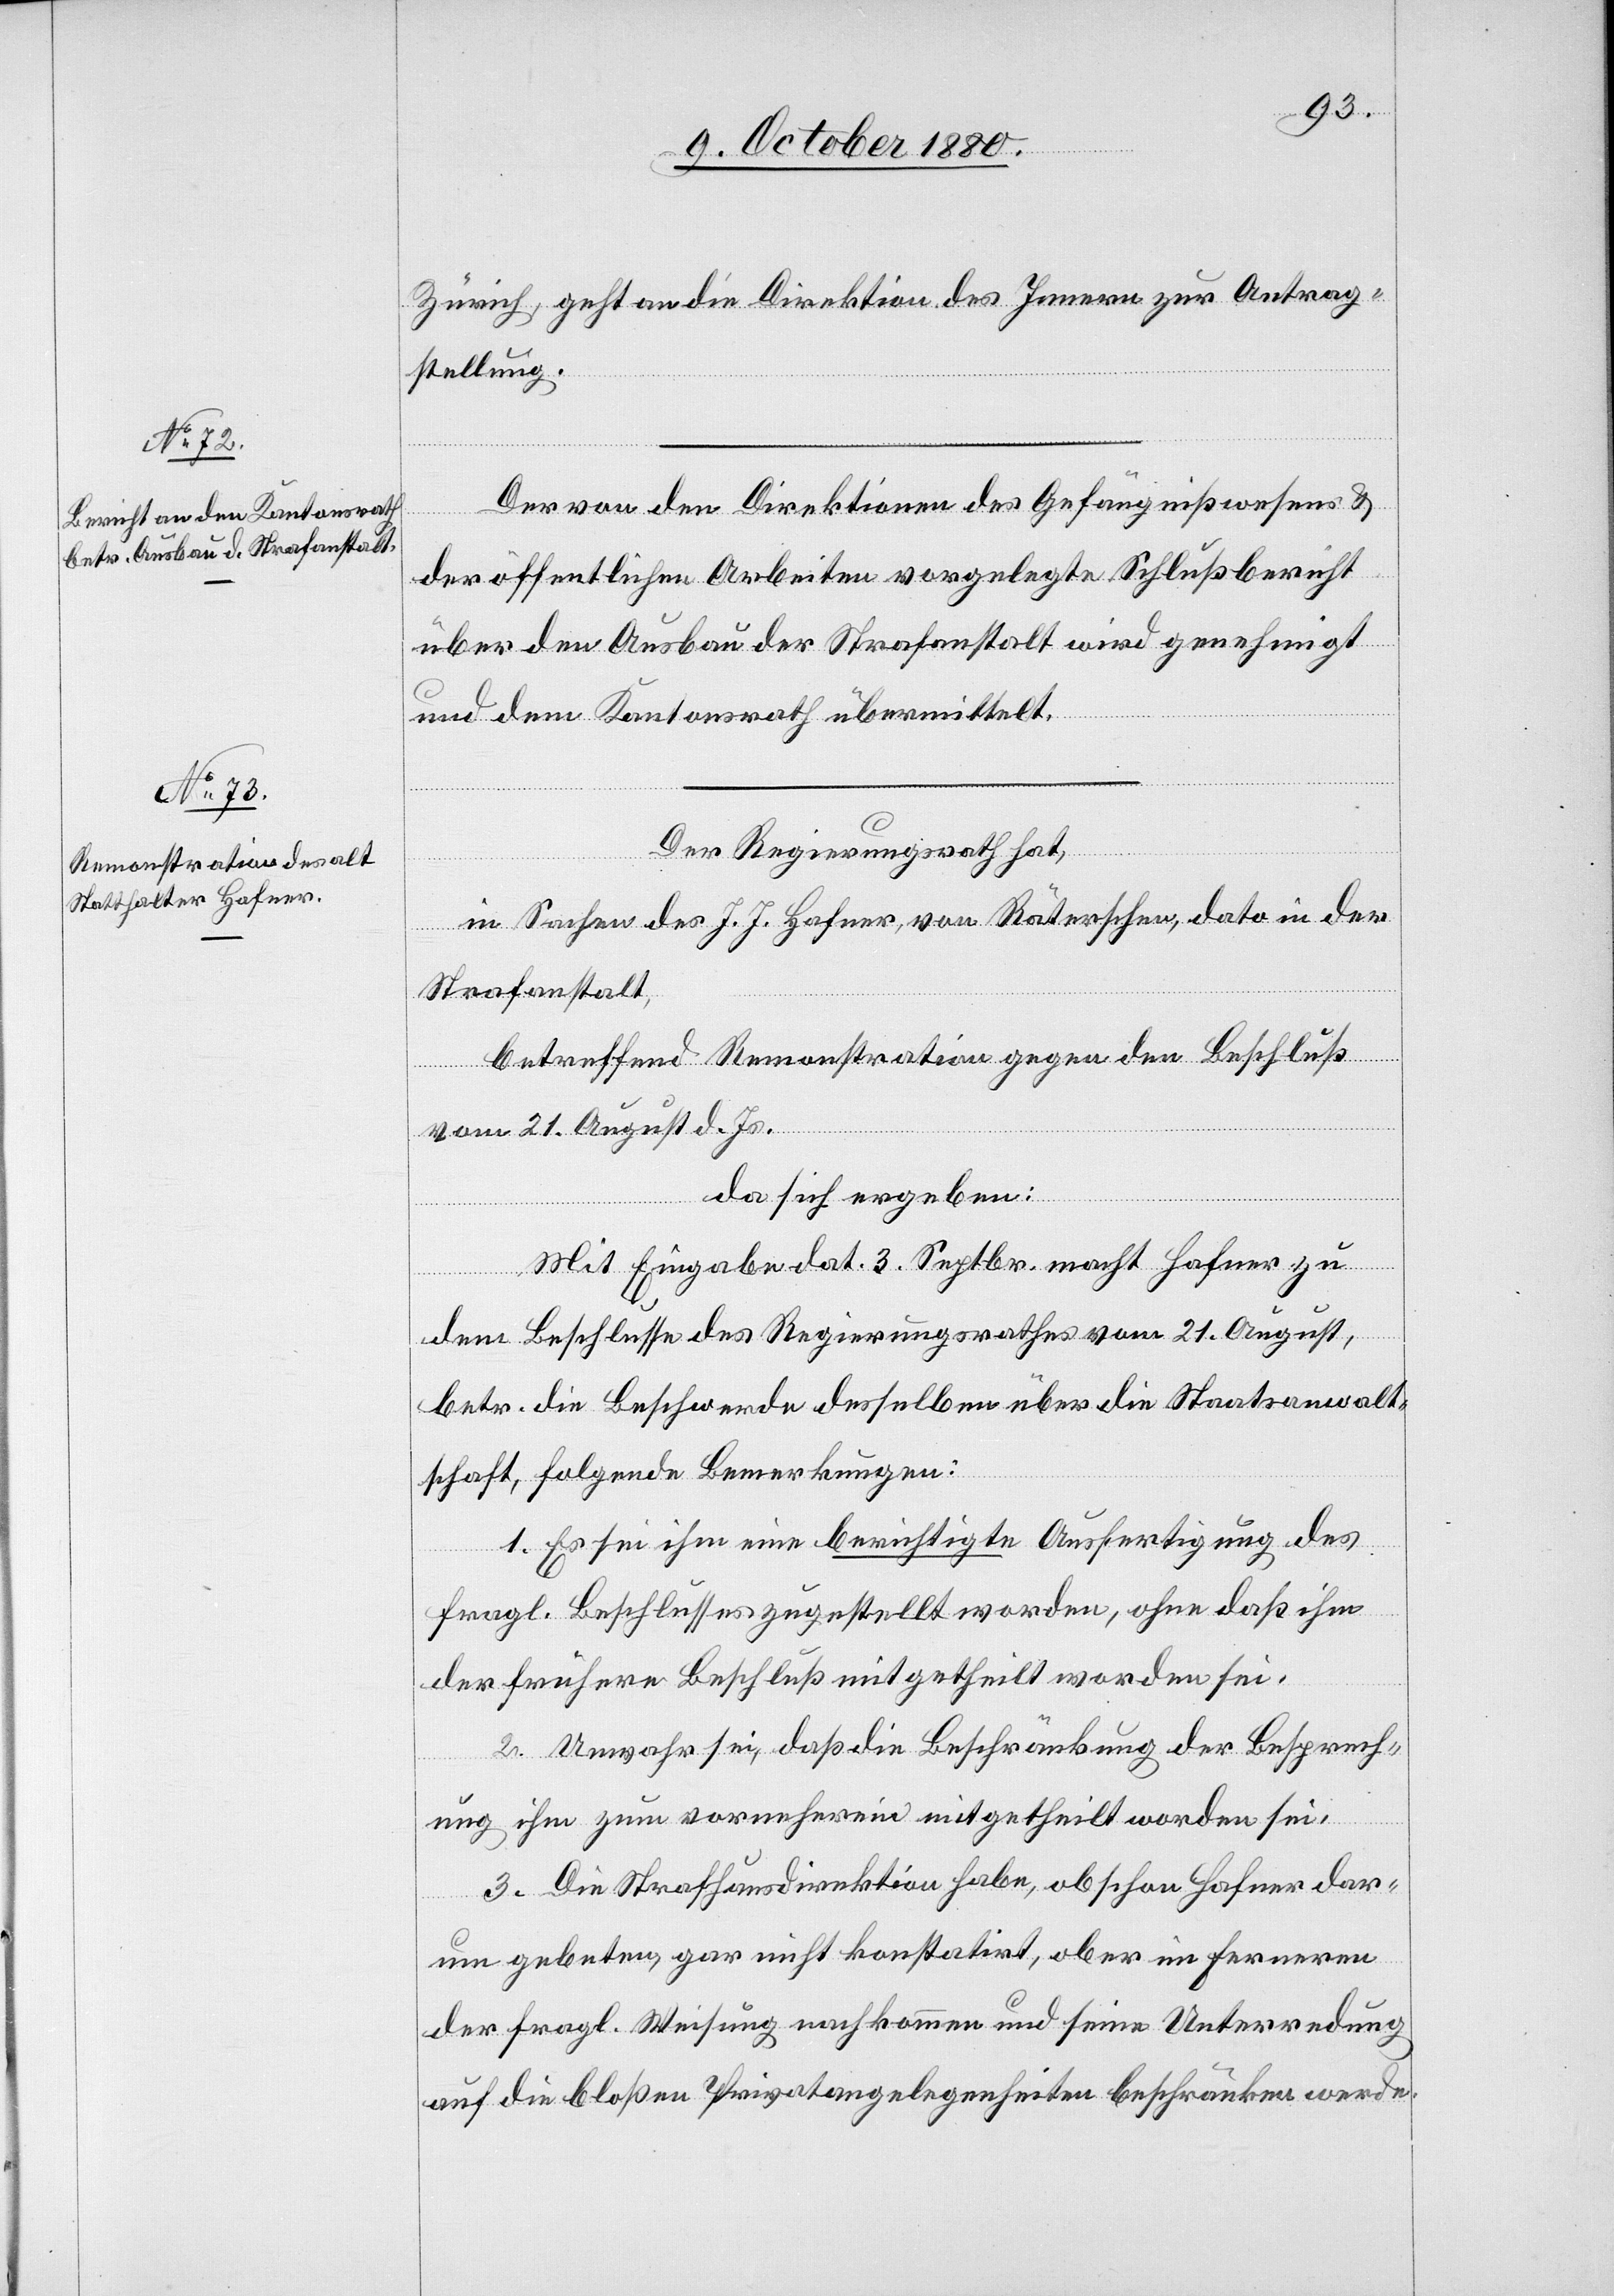
Zürich, geht an die Direktion des Innern zur Antrag¬
stellung.
Der von der Direktion des Gefängnißwesens &
der öffentlichen Arbeiten vorgelegte Schlußbericht
über den Ausbau der Strafanstalt wird genehmigt
und dem Kantonsrath übermittelt.
Der Regierungsrath,
in Sachen des J. J. Hafner, von Räterschen, dato in der
Strafanstalt,
betreffend Remonstration gegen den Beschluß
vom 27. August d. Js.
da sich ergeben:
Mit Eingabe dat. 3. Septbr. macht Hafner zu
dem Beschlusse des Regierungsrathes vom 21. August,
betr. die Beschwerde desselben über die Staatsanwalt¬
schaft, folgende Bemerkungen:
1. Es sei ihm eine berichtigte Ausfertigung des
fragl. Beschlusses zugestellt worden, ohne daß ihm
der frühere Beschluß mitgetheilt worden sei.
2. Unwahr sei, daß die Beschränkung der Besprech¬
ung ihm zum vornherein mitgetheilt worden sei.
3. Die Strafhausdirektion habe, obschon Hafner dar¬
um gebeten, gar nicht konstatirt, ob er im Fernern
der fragl. Weisung nachkommen und seine Unterredung
auf die bloßen Privatangelegenheiten beschränken werde.